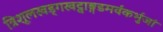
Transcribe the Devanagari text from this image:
त्रिशूलखड्गखट्वाङ्गडमर्वंकर्भुजां